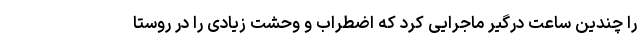
را چندین ساعت درگیر ماجرایی کرد که اضطراب و وحشت زیادی را در روستا